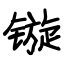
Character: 镟